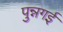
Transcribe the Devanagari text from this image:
पुन्नगई